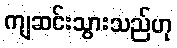
ကျဆင်းသွားသည်ဟု